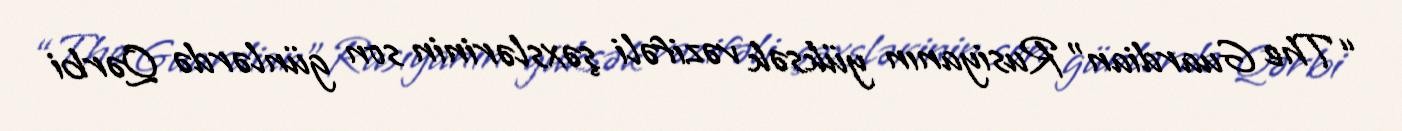
“The Guardian” Rusiyanın yüksək vəzifəli şəxslərinin son günlərdə Qərbi